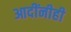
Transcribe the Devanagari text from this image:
आदींनीही